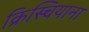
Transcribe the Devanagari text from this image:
क्रिस्चियाना